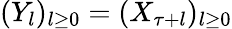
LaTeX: (Y_{l})_{l\ge 0}=(X_{\tau+l})_{l\ge 0}